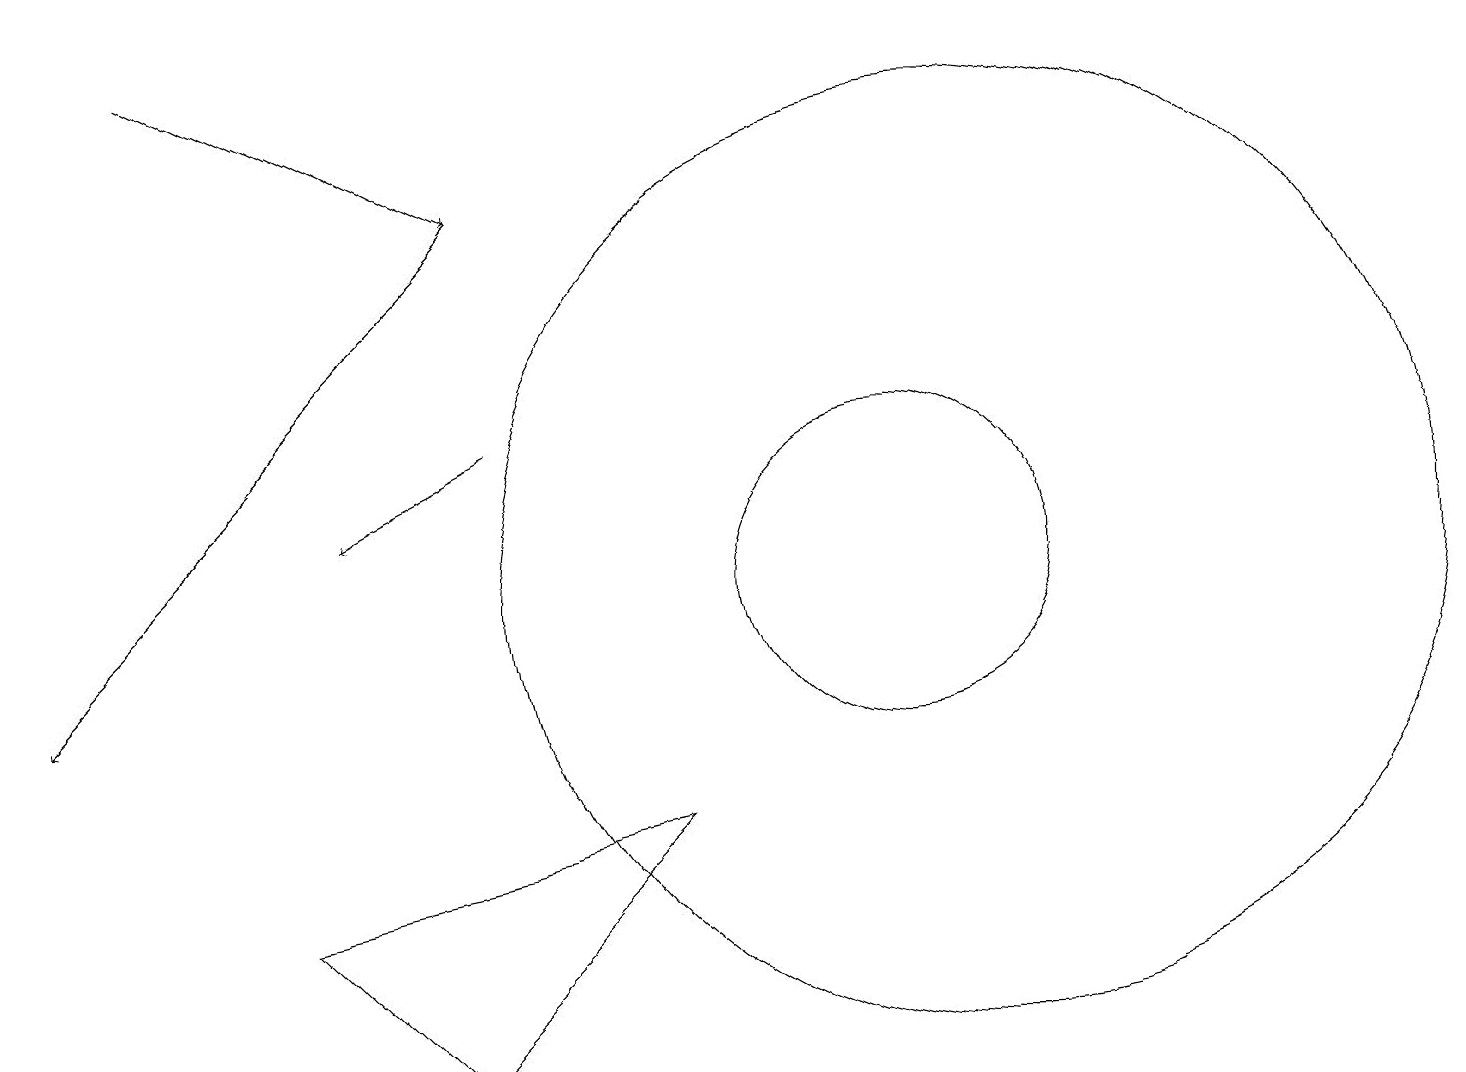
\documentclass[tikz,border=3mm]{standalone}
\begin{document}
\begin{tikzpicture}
\draw (11,11) circle (2);
\draw (12,11) circle (6);
\draw[->] (6,16) -- (0,10);
\draw[->] (6,13) -- (4,12);
\draw[->] (2,18) -- (6,16);
\draw (8,8) -- (3,7) -- (5,5) -- cycle;
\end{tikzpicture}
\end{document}